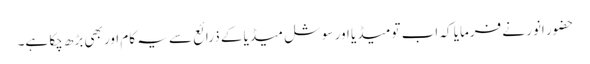
حضور انور نے فرمایا کہ اب تو میڈیا اور سوشل میڈیا کے ذرائع سے یہ کام اور بھی بڑھ چکا ہے۔